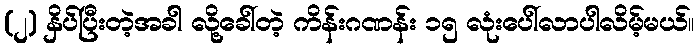
(၂) နှိပ်ပြီးတဲ့အခါ လို့ခေါ်တဲ့ ကိန်းဂဏန်း ၁၅ လုံးပေါ်လာပါလိမ့်မယ်။